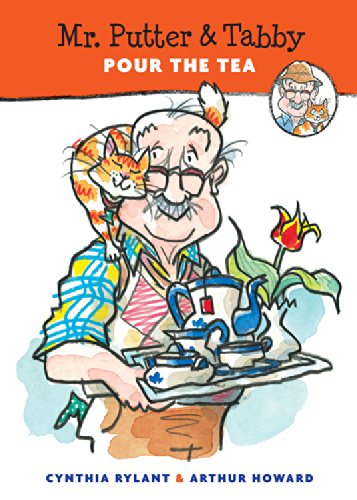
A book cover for Mr. Putter & Tabby Pour the Tea; Cynthia Rylant; Children's Books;